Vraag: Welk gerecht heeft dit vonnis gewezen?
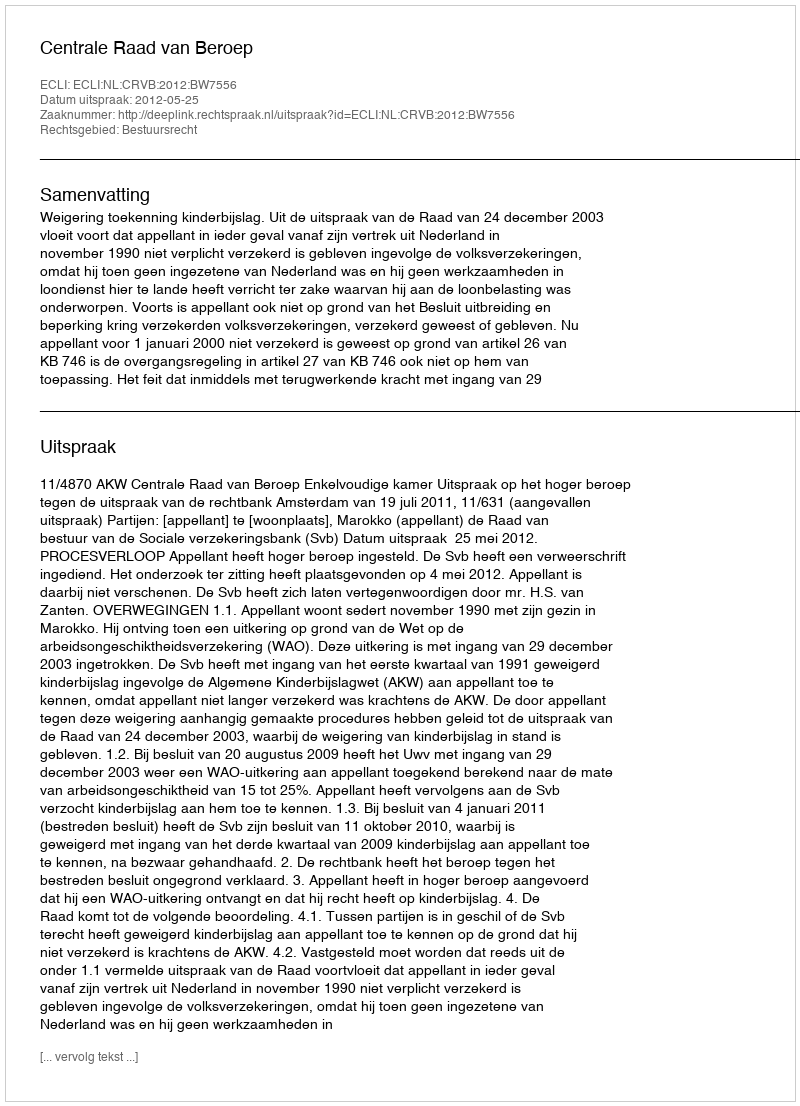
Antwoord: Centrale Raad van Beroep